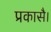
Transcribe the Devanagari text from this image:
प्रकासै।